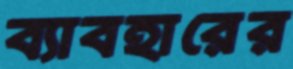
ব্যাবহারের